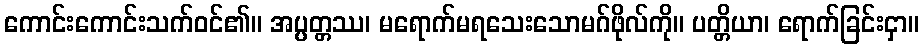
ကောင်းကောင်းသက်ဝင်၏။ အပ္ပတ္တဿ၊ မရောက်မရသေးသောမဂ်ဖိုလ်ကို။ ပတ္တိယာ၊ ရောက်ခြင်းငှာ။